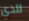
للذي